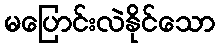
မပြောင်းလဲနိုင်သော